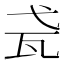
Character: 𤬩